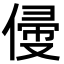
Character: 㑴